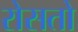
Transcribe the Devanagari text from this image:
रोसतो